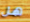
هل